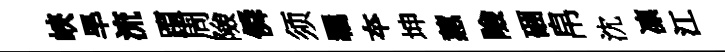
峽旱流躓周險僢须羈夲坤蕙險硱帛沈凛江